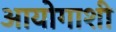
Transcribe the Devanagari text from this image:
आयोगाशी